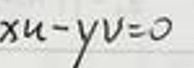
$xu - yv = 0$